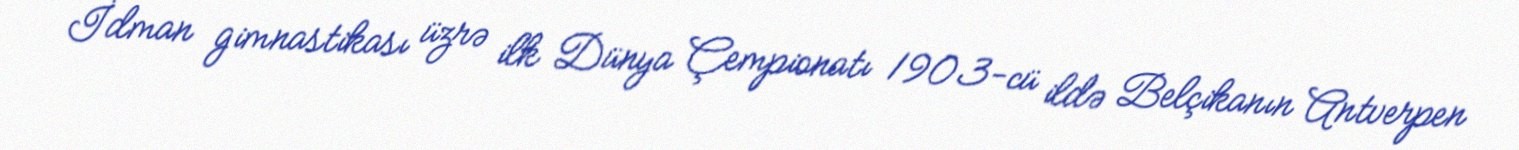
İdman gimnastikası üzrə ilk Dünya Çempionatı 1903-cü ildə Belçikanın Antverpen